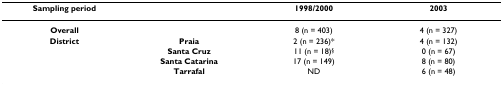
<table><thead><tr><td><b>Sampling period</b></td><td></td><td><b>1998/2000</b></td><td><b>2003</b></td></tr></thead><tbody><tr><td><b>Overall</b></td><td></td><td>8 (n = 403)</td><td>4 (n = 327)</td></tr><tr><td><b>District</b></td><td><b>Praia</b></td><td>2 (n = 236)*</td><td>4 (n = 132)</td></tr><tr><td></td><td><b>Santa Cruz</b></td><td>11 (n = 18)<sup>§</sup></td><td>0 (n = 67)</td></tr><tr><td></td><td><b>Santa Catarina</b></td><td>17 (n = 149)</td><td>8 (n = 80)</td></tr><tr><td></td><td><b>Tarrafal</b></td><td>ND</td><td>6 (n = 48)</td></tr></tbody></table>